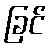
ခြင်